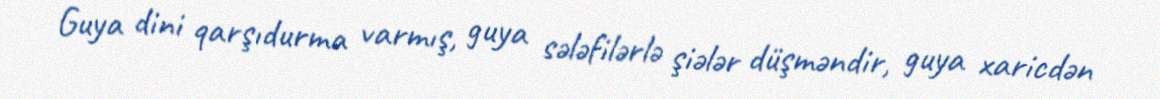
Guya dini qarşıdurma varmış, guya sələfilərlə şiələr düşməndir, guya xaricdən